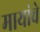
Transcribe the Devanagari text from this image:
मायांचे